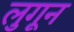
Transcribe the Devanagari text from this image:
लुगून